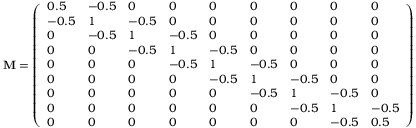
\bf { M } = \left( \begin{array} { l l l l l l l l l } { 0 . 5 } & { - 0 . 5 } & { 0 } & { 0 } & { 0 } & { 0 } & { 0 } & { 0 } & { 0 } \\ { - 0 . 5 } & { 1 } & { - 0 . 5 } & { 0 } & { 0 } & { 0 } & { 0 } & { 0 } & { 0 } \\ { 0 } & { - 0 . 5 } & { 1 } & { - 0 . 5 } & { 0 } & { 0 } & { 0 } & { 0 } & { 0 } \\ { 0 } & { 0 } & { - 0 . 5 } & { 1 } & { - 0 . 5 } & { 0 } & { 0 } & { 0 } & { 0 } \\ { 0 } & { 0 } & { 0 } & { - 0 . 5 } & { 1 } & { - 0 . 5 } & { 0 } & { 0 } & { 0 } \\ { 0 } & { 0 } & { 0 } & { 0 } & { - 0 . 5 } & { 1 } & { - 0 . 5 } & { 0 } & { 0 } \\ { 0 } & { 0 } & { 0 } & { 0 } & { 0 } & { - 0 . 5 } & { 1 } & { - 0 . 5 } & { 0 } \\ { 0 } & { 0 } & { 0 } & { 0 } & { 0 } & { 0 } & { - 0 . 5 } & { 1 } & { - 0 . 5 } \\ { 0 } & { 0 } & { 0 } & { 0 } & { 0 } & { 0 } & { 0 } & { - 0 . 5 } & { 0 . 5 } \end{array} \right)